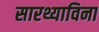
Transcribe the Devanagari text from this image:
सारथ्याविना